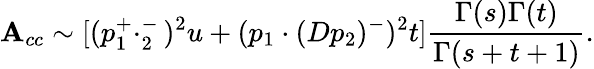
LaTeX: \mathbf{A}_{cc}\sim[(p_{1}^{+}\cdotp_{2}^{-})^{2}u+(p_{1}\cdot(Dp_{2})^{-})^{2}t]\frac{{\Gamma(s)\Gamma(t)}}{{\Gamma(s+t+1)}}.